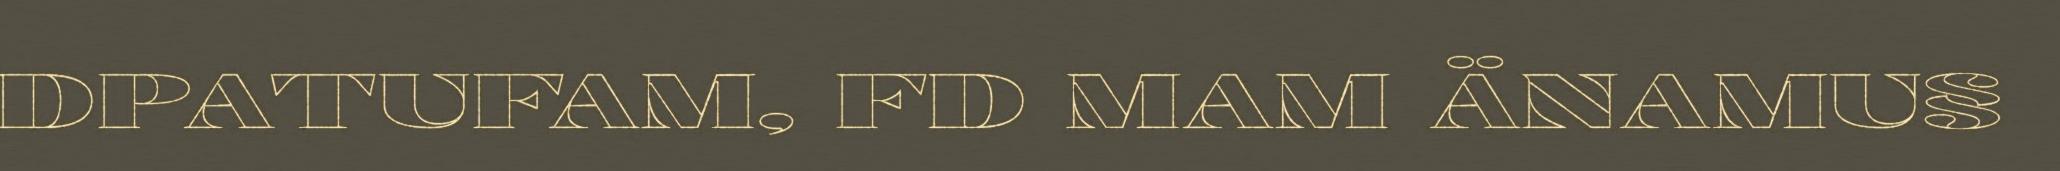
DPATUFAM, FD MAM ÄNAMU§